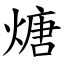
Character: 煻